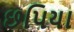
છપિયા